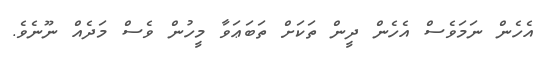
އެހެން ނަމަވެސް އެހެން ދީން ތަކަށް ތަބަޢަވާ މީހުން ވެސް މަދެއް ނޫނެވެ.